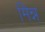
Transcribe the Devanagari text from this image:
मिन्न